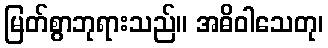
မြတ်စွာဘုရားသည်။ အဓိဝါသေတု၊